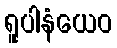
ရူပါနံယေဝ